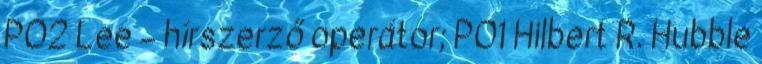
PO2 Lee – hírszerző operátor; PO1 Hilbert R. Hubble